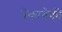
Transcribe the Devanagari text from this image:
येकायेकी